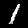
Digit: 1